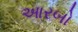
આરબો